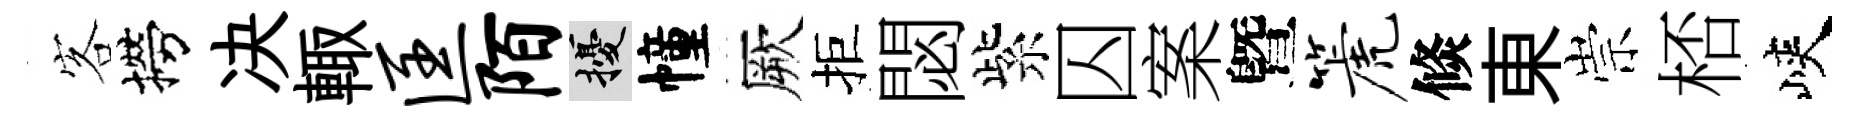
客撈决輙匡陌擾幢厥拒閟紫囚案曁篪倐東崇桮峽